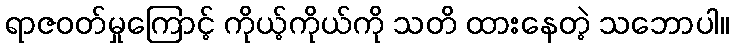
ရာဇဝတ်မှုကြောင့် ကိုယ့်ကိုယ်ကို သတိ ထားနေတဲ့ သဘောပါ။